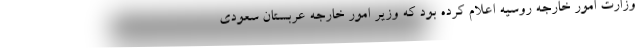
وزارت امور خارجه روسیه اعلام کرده بود که وزیر امور خارجه عربستان سعودی